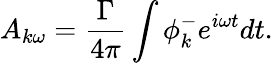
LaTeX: A_{k\omega}=\frac{\Gamma}{4\pi}\int\phi_{k}^{-}e^{i\omega t}dt.